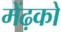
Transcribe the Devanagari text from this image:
मेंढ़को